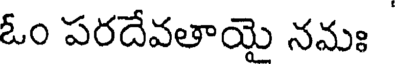
ఓం పరదేవతాయై నమః